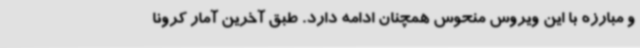
و مبارزه با این ویروس منحوس همچنان ادامه دارد. طبق آخرین آمار کرونا